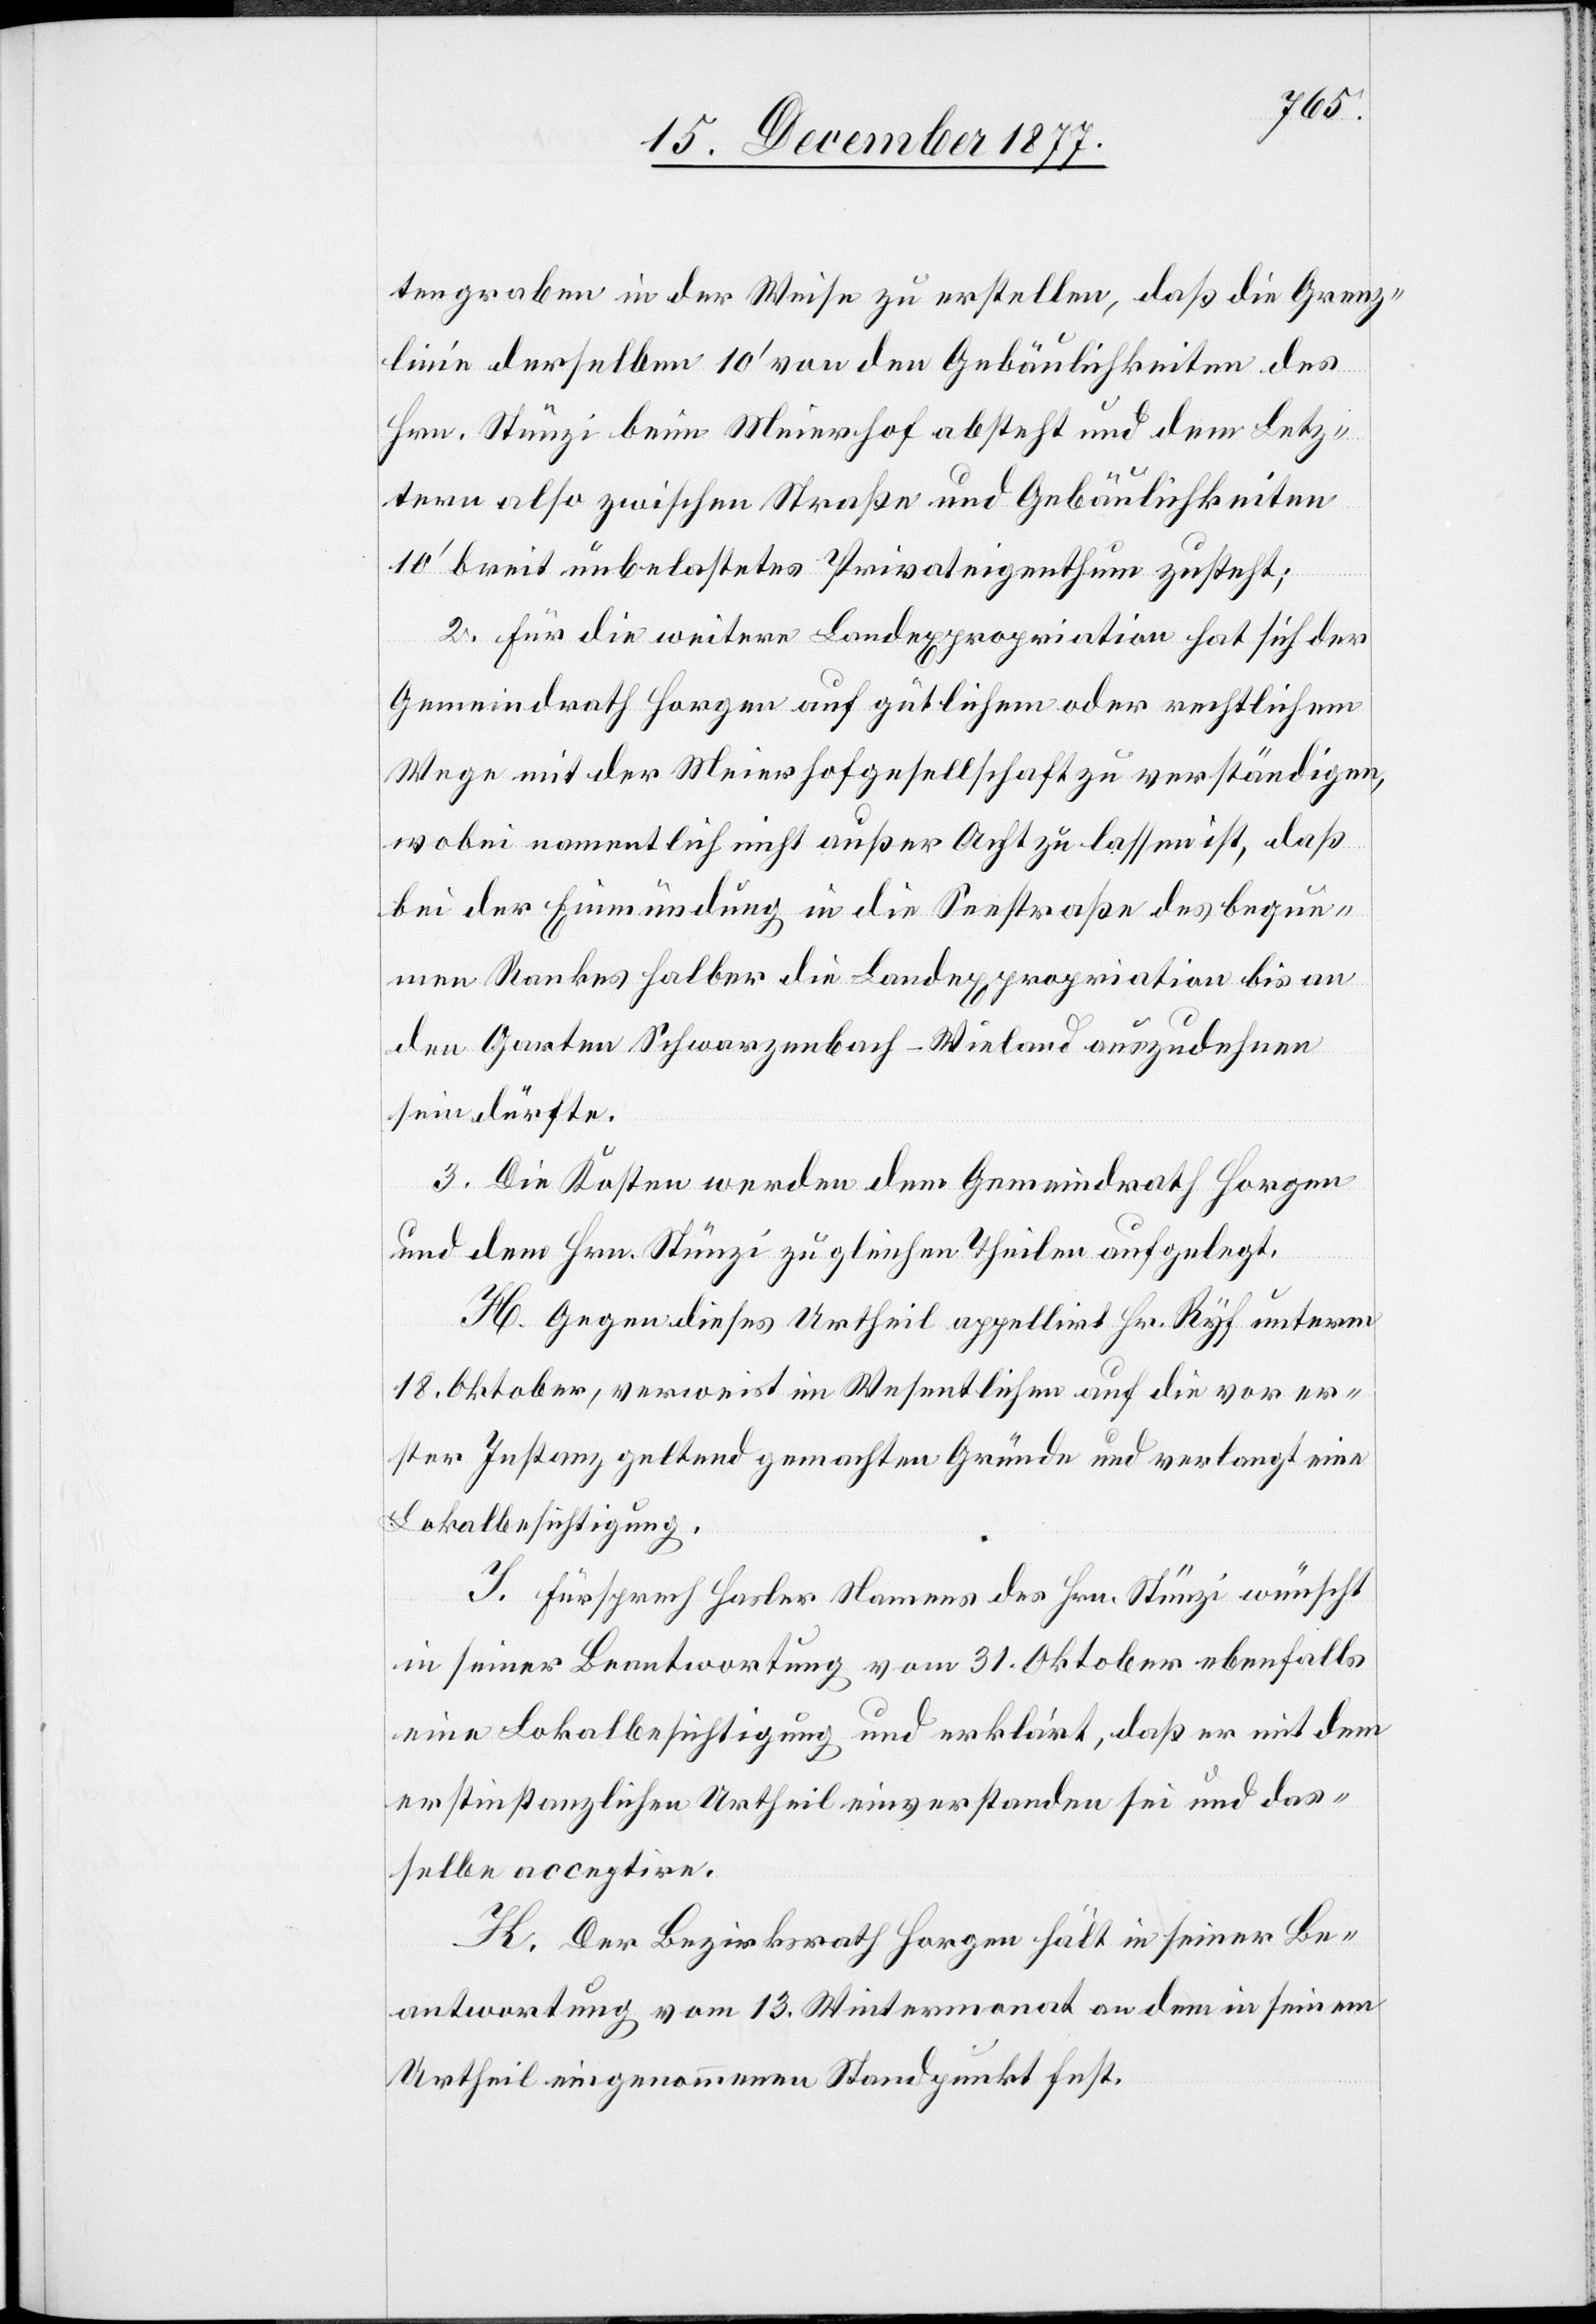
tengraben in der Weise zu erstellen, daß die Grenz¬
linie derselben 10‘ von den Gebäulichkeiten des
Hrn. Stünzi beim Meierhof absteht und dem Letz¬
tern also zwischen Straße und Gebäulichkeiten
10‘ breit unbelastetes Privateigenthum zusteht;
2. Für die weitere Landexpropriation hat sich der
Gemeindrath Horgen auf gütlichem oder rechtlichem
Wege mit der Meierhofgesellschaft zu verständigen,
wobei namentlich nicht außer Acht zu lassen ist, daß
bei der Einmündung in die Seestraße des beque¬
men Rankes halber die Landexpropriation bis an
den Garten Schwarzenbach-Wieland auszudehnen
sein dürfte.
3. Die Kosten werden dem Gemeindrath Horgen
und dem Hrn. Stünzi zu gleichen Theilen aufgelegt.
H. Gegen dieses Urtheil appellirt Hr. Ryf unterm
18. Oktober, verweist im Wesentlichen auf die vor er¬
ster Instanz geltend gemachten Gründe und verlangt eine
Lokalbesichtigung.
I. Fürsprech Hasler Namens des Hrn. Stünzi wünscht
in seiner Beantwortung vom 31. Oktober ebenfalls
eine Lokalbesichtigung und erklärt, daß er mit dem
erstinstanzlichen Urtheil einverstanden sei und das¬
selbe acceptire.
K. Der Bezirksrath Horgen hält in seiner Be¬
antwortung vom 13. Wintermonat an dem in seinem
Urtheil eingenommenen Standpunkt fest.